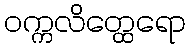
ဝက္ကလိတ္ထေရော